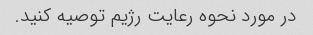
در مورد نحوه رعایت رژیم توصیه کنید.